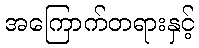
အကြောက်တရားနှင့်